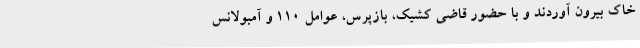
خاک بیرون آوردند و با حضور قاضی کشیک، بازپرس، عوامل 110 و آمبولانس